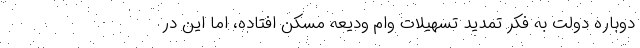
دوباره دولت به فکر تمدید تسهیلات وام ودیعه مسکن افتاده، اما این در